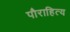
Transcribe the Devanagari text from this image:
पौराहित्य